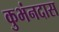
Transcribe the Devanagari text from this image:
कुभंनदास